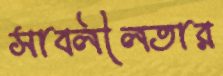
সাবলীলতার